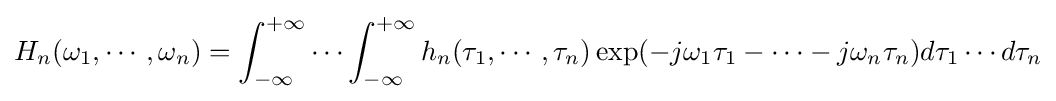
H_{n}(\omega _{1},\cdots ,\omega _{n})=\int _{-\infty }^{+\infty }\cdots \int _{-\infty }^{+\infty }h_{n}(\tau _{1},\cdots ,\tau _{n})\exp(-j\omega _{1}\tau _{1}-\cdots -j\omega _{n}\tau _{n})d\tau _{1}\cdots d\tau _{n}